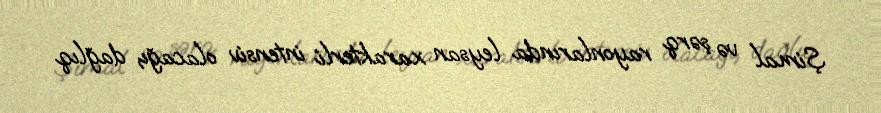
Şimal və şərq rayonlarında leysan xarakterli intensiv olacağı, dağlıq